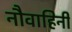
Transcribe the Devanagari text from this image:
नौवाहिनी